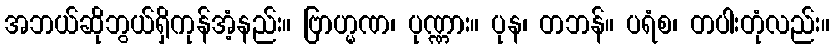
အဘယ်ဆိုဘွယ်ရှိကုန်အံ့နည်း။ ဗြာဟ္မဏ၊ ပုဏ္ဏား။ ပုန၊ တဘန်။ ပရံစ၊ တပါးတုံလည်း။